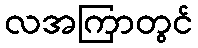
လအကြာတွင်